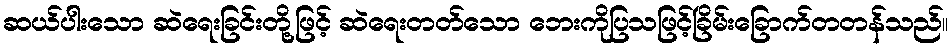
ဆယ်ပါးသော ဆဲရေးခြင်းတို့ဖြင့် ဆဲရေးတတ်သော ဘေးကိုပြသဖြင့်ခြိမ်းခြောက်တတန်သည်။